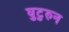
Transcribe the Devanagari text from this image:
घुटुरुन